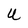
Character: U